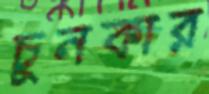
চুনকার